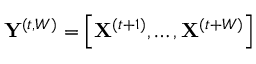
\mathbf { Y } ^ { ( t , W ) } = \left[ \mathbf { X } ^ { ( t + 1 ) } , \ldots , \mathbf { X } ^ { ( t + W ) } \right]